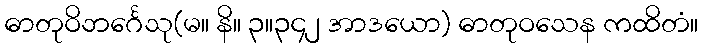
ဓာတုဝိဘင်္ဂေသု(မ။ နိ။ ၃။၃၄၂ အာဒယော) ဓာတုဝသေန ကထိတံ။